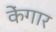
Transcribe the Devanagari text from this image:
केंगार